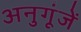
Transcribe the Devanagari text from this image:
अनुगूंजें